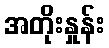
အတိုးနှုန်း